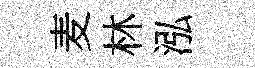
麦林泓